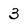
Character: 3